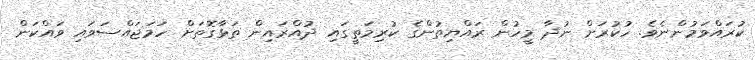
ކުރައްވަމުންނެވެ. ހުކުރަށް ނުދާ މީހުން ރައްޔިތުންގެ ކުރިމަތީގައި ދުއްރައިން ތަޅާގޮތަށް ހަމަޖައްސަވައި ވައްކަން